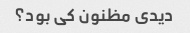
دیدی مظنون کی بود؟